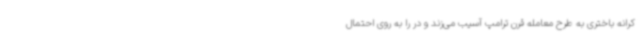
کرانه باختری به طرح معامله قرن ترامپ آسیب می‌زند و در را به روی احتمال